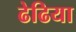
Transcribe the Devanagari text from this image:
ढेढिया